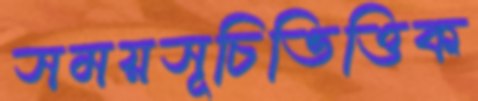
সময়সূচিভিত্তিক